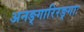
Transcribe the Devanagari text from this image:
अनङ्गारिरङ्गाः